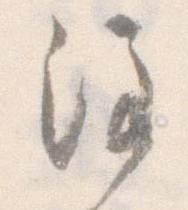
注